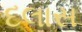
દલાસ